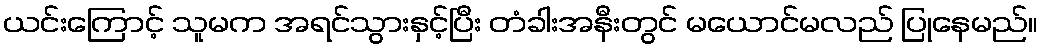
ယင်းကြောင့် သူမက အရင်သွားနှင့်ပြီး တံခါးအနီးတွင် မယောင်မလည် ပြုနေမည်။